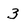
Character: 3